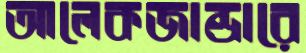
আলেকজান্ডারে